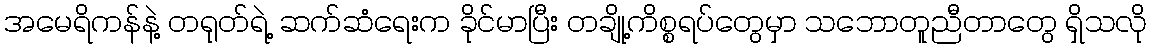
အမေရိကန်နဲ့ တရုတ်ရဲ့ ဆက်ဆံရေးက ခိုင်မာပြီး တချို့ကိစ္စရပ်တွေမှာ သဘောတူညီတာတွေ ရှိသလို